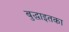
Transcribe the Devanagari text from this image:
बुद्धाइतका